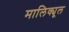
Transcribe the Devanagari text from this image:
मालिक्यूल